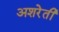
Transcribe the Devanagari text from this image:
अशरेती